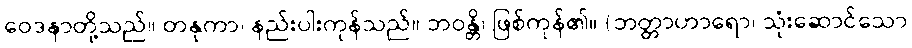
ဝေဒနာတို့သည်။ တနုကာ၊ နည်းပါးကုန်သည်။ ဘဝန္တိ၊ ဖြစ်ကုန်၏။ (ဘတ္တာဟာရော၊ သုံးဆောင်သော